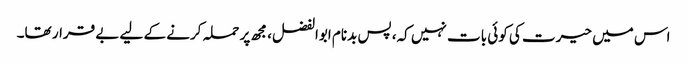
اس میں حیرت کی کوئی بات نہیں کہ، پس بدنام ابوالفضل، مجھ پر حملہ کرنے کے لیے بے قرار تھا۔